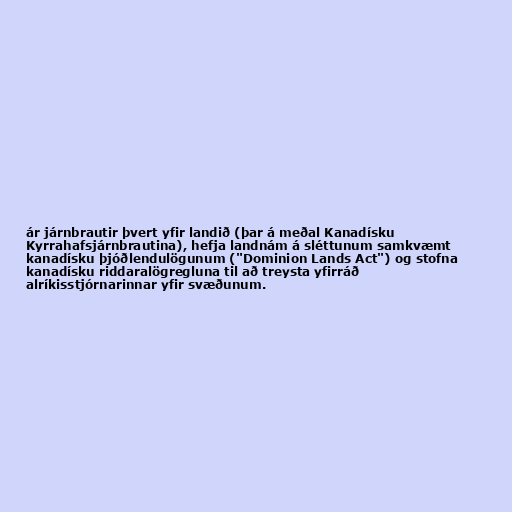
ár járnbrautir þvert yfir landið (þar á meðal Kanadísku
Kyrrahafsjárnbrautina), hefja landnám á sléttunum samkvæmt
kanadísku þjóðlendulögunum ("Dominion Lands Act") og stofna
kanadísku riddaralögregluna til að treysta yfirráð
alríkisstjórnarinnar yfir svæðunum.